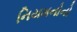
નિયમનોનો